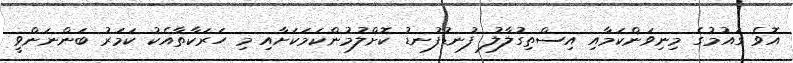
އޮވެ ގައުމުގެ މިނިވަންކަމާއި އިސްތިގުލާލު ފުނޑުފުނޑު ކޮށްލުމުންކަމަކަށާއި މި ހަރަކާތާއެކު ކަމަރު ބަންނަންވީ